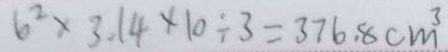
6 ^ { 2 } \times 3 . 1 4 \times 1 0 \div 3 = 3 7 6 . 8 c m ^ { 3 }